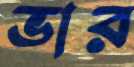
ভার